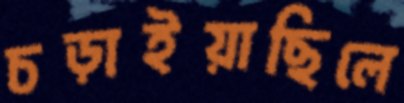
চড়াইয়াছিলে